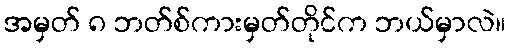
အမှတ် ၈ ဘတ်စ်ကားမှတ်တိုင်က ဘယ်မှာလဲ။